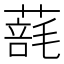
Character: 𦺑